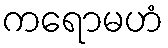
ကရောမဟံ